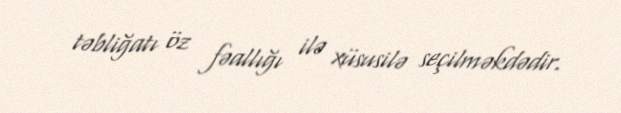
təbliğatı öz fəallığı ilə xüsusilə seçilməkdədir.